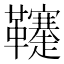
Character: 𩎅